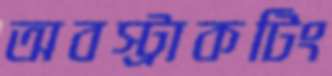
অবস্ট্রাকটিং